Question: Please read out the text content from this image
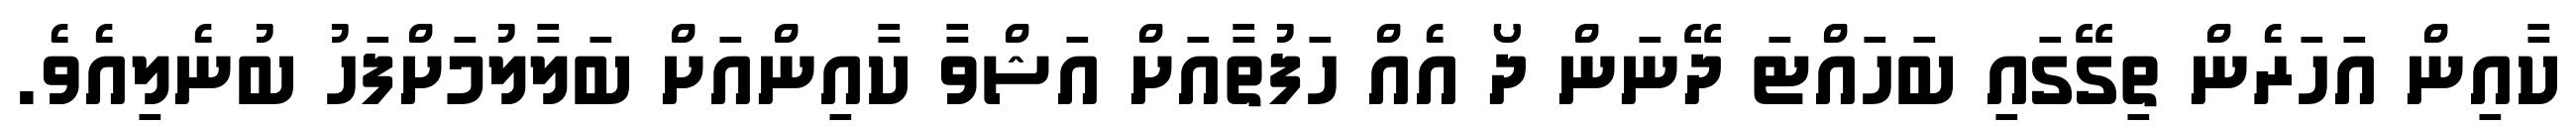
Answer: ކާއިން އަހަރެން ތިގޭގައި ބަހައްޓަ ދޭނަން ދޯ އެއް ހަފުތާއަށް އަޝްވާ ކާއިންއަށް ބަލާލުމަށްފަހު ބުނެލިއެވެ.